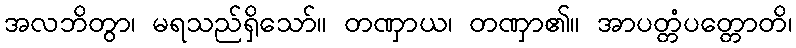
အလဘိတွာ၊ မရသည်ရှိသော်။ တဏှာယ၊ တဏှာ၏။ အာပတ္တံပတ္တောတိ၊